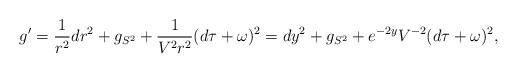
LaTeX: \begin{align*} g'=\frac{1}{r^2}dr^2+g_{S^2}+\frac{1}{V^2r^2}(d\tau+\omega)^2=dy^2+g_{S^2}+e^{-2y}V^{-2}(d\tau+\omega)^2, \end{align*}